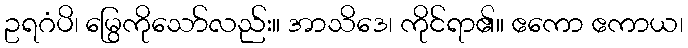
ဥရဂံပိ၊ မြွေကိုသော်လည်း။ အာသိဒေ၊ ကိုင်ရာ၏။ ဧကော ဧကာယ၊